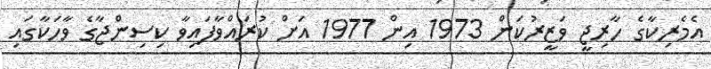
އެމެރިކާގެ ހާރިޖީ ވަޒީރުކަން 1973 އިން 1977 އަށް ކުރައްވާފައިވާ ކިސިންޖާގެ ވާހަކާގައި